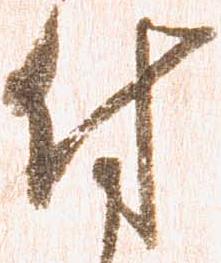
付